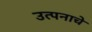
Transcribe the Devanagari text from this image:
उत्पनाचे